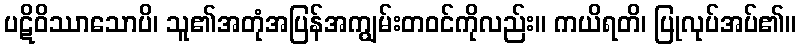
ပဋိဝိဿာသောပိ၊ သူ၏အတုံအပြန်အကျွမ်းတဝင်ကိုလည်း။ ကယိရတိ၊ ပြုလုပ်အပ်၏။